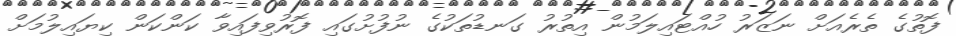
ފޮތުގެ ތެރެއަށް ނަޒަރު ހުއްޓައިލަމުން އިތުރު ގަނޑުތަކުގެ ނުފުށުގައި ފޮރުވިފައިވާ ކަންކަން ކިޔައިލުމަށް